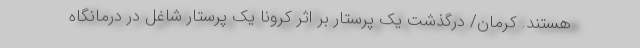
هستند. کرمان/ درگذشت یک پرستار بر اثر کرونا یک پرستار شاغل در درمانگاه